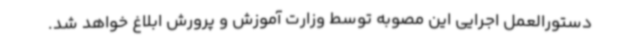
دستورالعمل اجرایی این مصوبه توسط وزارت آموزش و پرورش ابلاغ خواهد شد.